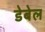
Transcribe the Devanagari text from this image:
डेबेल